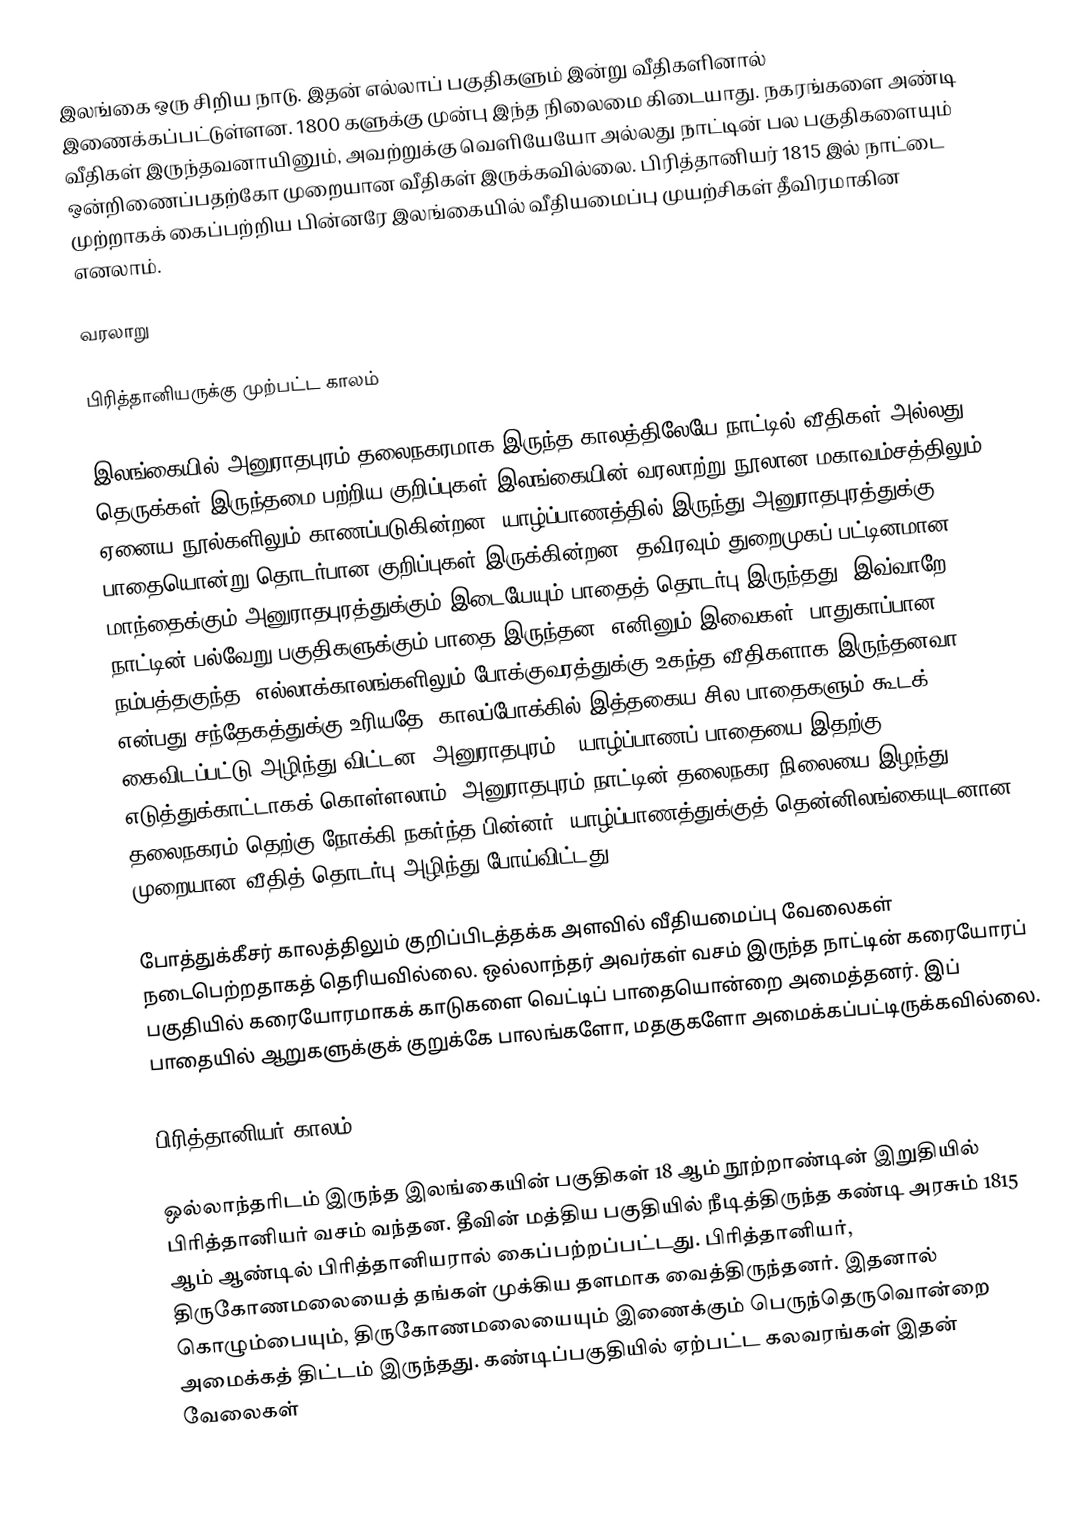
இலங்கை ஒரு சிறிய நாடு. இதன் எல்லாப் பகுதிகளும் இன்று வீதிகளினால் இணைக்கப்பட்டுள்ளன. 1800 களுக்கு முன்பு இந்த நிலைமை கிடையாது. நகரங்களை அண்டி வீதிகள் இருந்தவனாயினும், அவற்றுக்கு வெளியேயோ அல்லது நாட்டின் பல பகுதிகளையும் ஒன்றிணைப்பதற்கோ முறையான வீதிகள் இருக்கவில்லை. பிரித்தானியர் 1815 இல் நாட்டை முற்றாகக் கைப்பற்றிய பின்னரே இலங்கையில் வீதியமைப்பு முயற்சிகள் தீவிரமாகின எனலாம்.

வரலாறு

பிரித்தானியருக்கு முற்பட்ட காலம்

இலங்கையில் அனுராதபுரம் தலைநகரமாக இருந்த காலத்திலேயே நாட்டில் வீதிகள் அல்லது தெருக்கள் இருந்தமை பற்றிய குறிப்புகள் இலங்கையின் வரலாற்று நூலான மகாவம்சத்திலும் ஏனைய நூல்களிலும் காணப்படுகின்றன. யாழ்ப்பாணத்தில் இருந்து அனுராதபுரத்துக்கு பாதையொன்று தொடர்பான குறிப்புகள் இருக்கின்றன. தவிரவும் துறைமுகப் பட்டினமான மாந்தைக்கும் அனுராதபுரத்துக்கும் இடையேயும் பாதைத் தொடர்பு இருந்தது. இவ்வாறே நாட்டின் பல்வேறு பகுதிகளுக்கும் பாதை இருந்தன. எனினும் இவைகள், பாதுகாப்பான, நம்பத்தகுந்த, எல்லாக்காலங்களிலும் போக்குவரத்துக்கு உகந்த வீதிகளாக இருந்தனவா என்பது சந்தேகத்துக்கு உரியதே. காலப்போக்கில் இத்தகைய சில பாதைகளும் கூடக் கைவிடப்பட்டு அழிந்து விட்டன. அனுராதபுரம் - யாழ்ப்பாணப் பாதையை இதற்கு எடுத்துக்காட்டாகக் கொள்ளலாம். அனுராதபுரம் நாட்டின் தலைநகர நிலையை இழந்து, தலைநகரம் தெற்கு நோக்கி நகர்ந்த பின்னர், யாழ்ப்பாணத்துக்குத் தென்னிலங்கையுடனான முறையான வீதித் தொடர்பு அழிந்து போய்விட்டது.

போத்துக்கீசர் காலத்திலும் குறிப்பிடத்தக்க அளவில் வீதியமைப்பு வேலைகள் நடைபெற்றதாகத் தெரியவில்லை. ஒல்லாந்தர் அவர்கள் வசம் இருந்த நாட்டின் கரையோரப் பகுதியில் கரையோரமாகக் காடுகளை வெட்டிப் பாதையொன்றை அமைத்தனர். இப் பாதையில் ஆறுகளுக்குக் குறுக்கே பாலங்களோ, மதகுகளோ அமைக்கப்பட்டிருக்கவில்லை.

பிரித்தானியர் காலம்

ஒல்லாந்தரிடம் இருந்த இலங்கையின் பகுதிகள் 18 ஆம் நூற்றாண்டின் இறுதியில் பிரித்தானியர் வசம் வந்தன. தீவின் மத்திய பகுதியில் நீடித்திருந்த கண்டி அரசும் 1815 ஆம் ஆண்டில் பிரித்தானியரால் கைப்பற்றப்பட்டது. பிரித்தானியர், திருகோணமலையைத் தங்கள் முக்கிய தளமாக வைத்திருந்தனர். இதனால் கொழும்பையும், திருகோணமலையையும் இணைக்கும் பெருந்தெருவொன்றை அமைக்கத் திட்டம் இருந்தது. கண்டிப்பகுதியில் ஏற்பட்ட கலவரங்கள் இதன் வேலைகள்